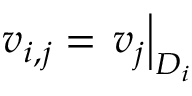
v _ { i , j } = \left. v _ { j } \right| _ { D _ { i } }